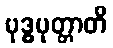
ဗုဒ္ဓပုတ္တာတိ